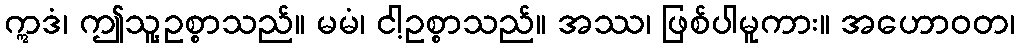
ဣဒံ၊ ဤသူ့ဥစ္စာသည်။ မမံ၊ ငါ့ဥစ္စာသည်။ အဿ၊ ဖြစ်ပါမူကား။ အဟောဝတ၊